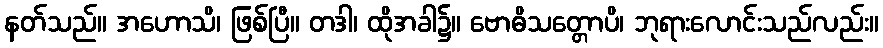
နတ်သည်။ အဟောသိ၊ ဖြစ်ပြီ။ တဒါ၊ ထိုအခါ၌။ ဗောဓိသတ္တောပိ၊ ဘုရားလောင်းသည်လည်း။